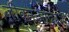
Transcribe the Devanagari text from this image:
जीवनआदर्श